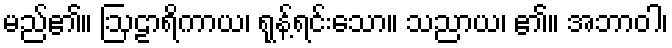
မည်၏။ ဩဠာရိကာယ၊ ရုန့်ရင်းသော။ သညာယ၊ ၏။ အဘာဝါ၊